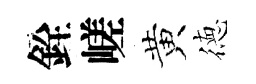
銓嵯黄徳